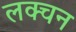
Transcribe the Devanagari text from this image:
लक्चन